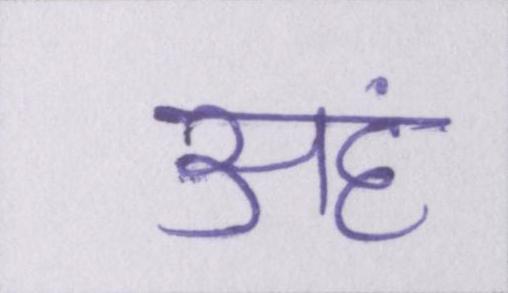
अहं